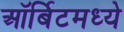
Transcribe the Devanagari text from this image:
ऑर्बिटमध्ये